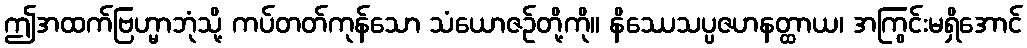
ဤအထက်ဗြဟ္မာဘုံသို့ ကပ်တတ်ကုန်သော သံယောဇဉ်တို့ကို။ နိဿေသပ္ပဇဟနတ္ထာယ၊ အကြွင်းမရှိအောင်